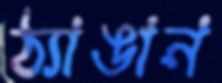
ঠ্যাঙান